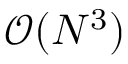
{ \mathcal O } ( N ^ { 3 } )